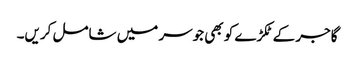
گاجر کے ٹکڑے کو بھی جوسر میں شامل کریں۔